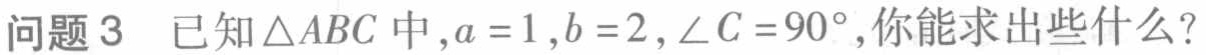
问题3 已知\(\triangle ABC\)中，\(a = 1\)，\(b = 2\)，\(\angle C = 90^{\circ}\)，你能求出些什么？